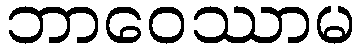
ဘာဝေဿာမ